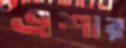
এশার